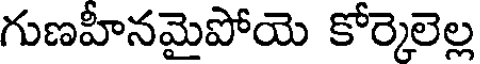
గుణహీనమైపోయె కోర్కెలెల్ల